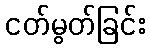
ငတ်မွတ်ခြင်း